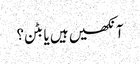
آنکھیں ہیں یا بٹن؟